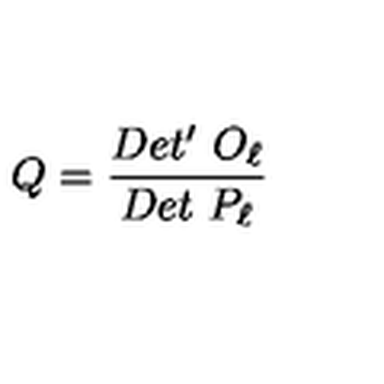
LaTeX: Q = { \frac { D e t ^ { \prime } \ O _ { \ell } } { D e t \ P _ { \ell } } }